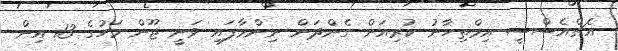
އެޗްއެސްސީ އިމްތިހާނު ކުރިއަށް ގެންދަން ނިންމާފައި ވަނީ ޖޫން މަހުގެ 13 އިން